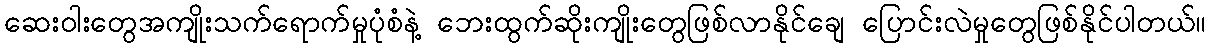
ဆေးဝါးတွေအကျိုးသက်ရောက်မှုပုံစံနဲ့ ဘေးထွက်ဆိုးကျိုးတွေဖြစ်လာနိုင်ချေ ပြောင်းလဲမှုတွေဖြစ်နိုင်ပါတယ်။